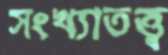
সংখ্যাতত্ত্ব